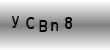
Text: yCBn8